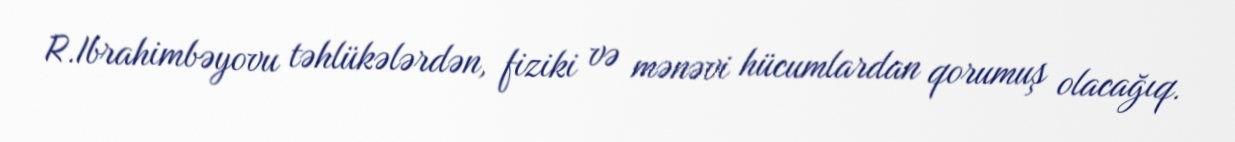
R.Ibrahimbəyovu təhlükələrdən, fiziki və mənəvi hücumlardan qorumuş olacağıq.